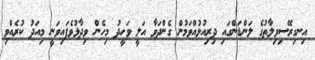
އިނގިރޭސިވިލާތުގެ ލަންޑަންގައި ދިރިއުޅުއްވަމުން ގެންދަވާ އަލީ ވަހީދު މިހެން ވިދާޅުވެފައިވަނީ މިއަދު ކުރެއްވި